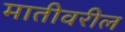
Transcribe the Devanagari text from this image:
मातीवरील